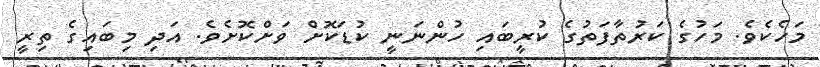
މަހެކެވެ. މަހުގެ ކަރުތާފަތުގެ ކުރީބައި ހުންނަނީ ކުޑަކޮށް ވަށްކޮށެވެ. އަދި މިބައިގެ ތިރީ